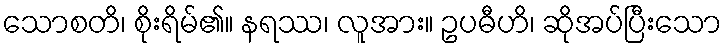
သောစတိ၊ စိုးရိမ်၏။ နရဿ၊ လူအား။ ဥပဓီဟိ၊ ဆိုအပ်ပြီးသော